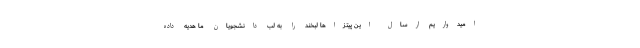
امیدواریم ارسال این پیتزاها لبخند را به لب دانشجویان ما هدیه داده